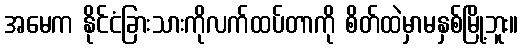
အမေက နိုင်ငံခြားသားကိုလက်ထပ်တာကို စိတ်ထဲမှာမနှစ်မြို့ဘူး။